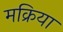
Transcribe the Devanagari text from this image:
मक्रिया